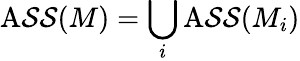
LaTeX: \operatorname{A\mathcal{S}\mathcal{S}}(M)=\bigcup_{i}\operatorname{A\mathcal{S}\mathcal{S}}(M_{i})